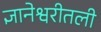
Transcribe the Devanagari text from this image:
ज्ञानेश्वरीतली